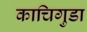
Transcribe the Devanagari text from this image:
काचिगुडा